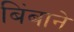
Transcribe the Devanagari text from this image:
बिंबाने